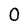
Character: 0